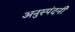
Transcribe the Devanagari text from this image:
अनुस्पंदनी